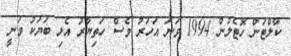
ކާލްޓަން ހޮޓެލުން 1994 ވަނަ އަހަރު ވެސް ހަތިޔާރު އެޅި ބަޔަކު ވަނީ